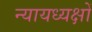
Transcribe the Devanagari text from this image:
न्यायध्यक्षों